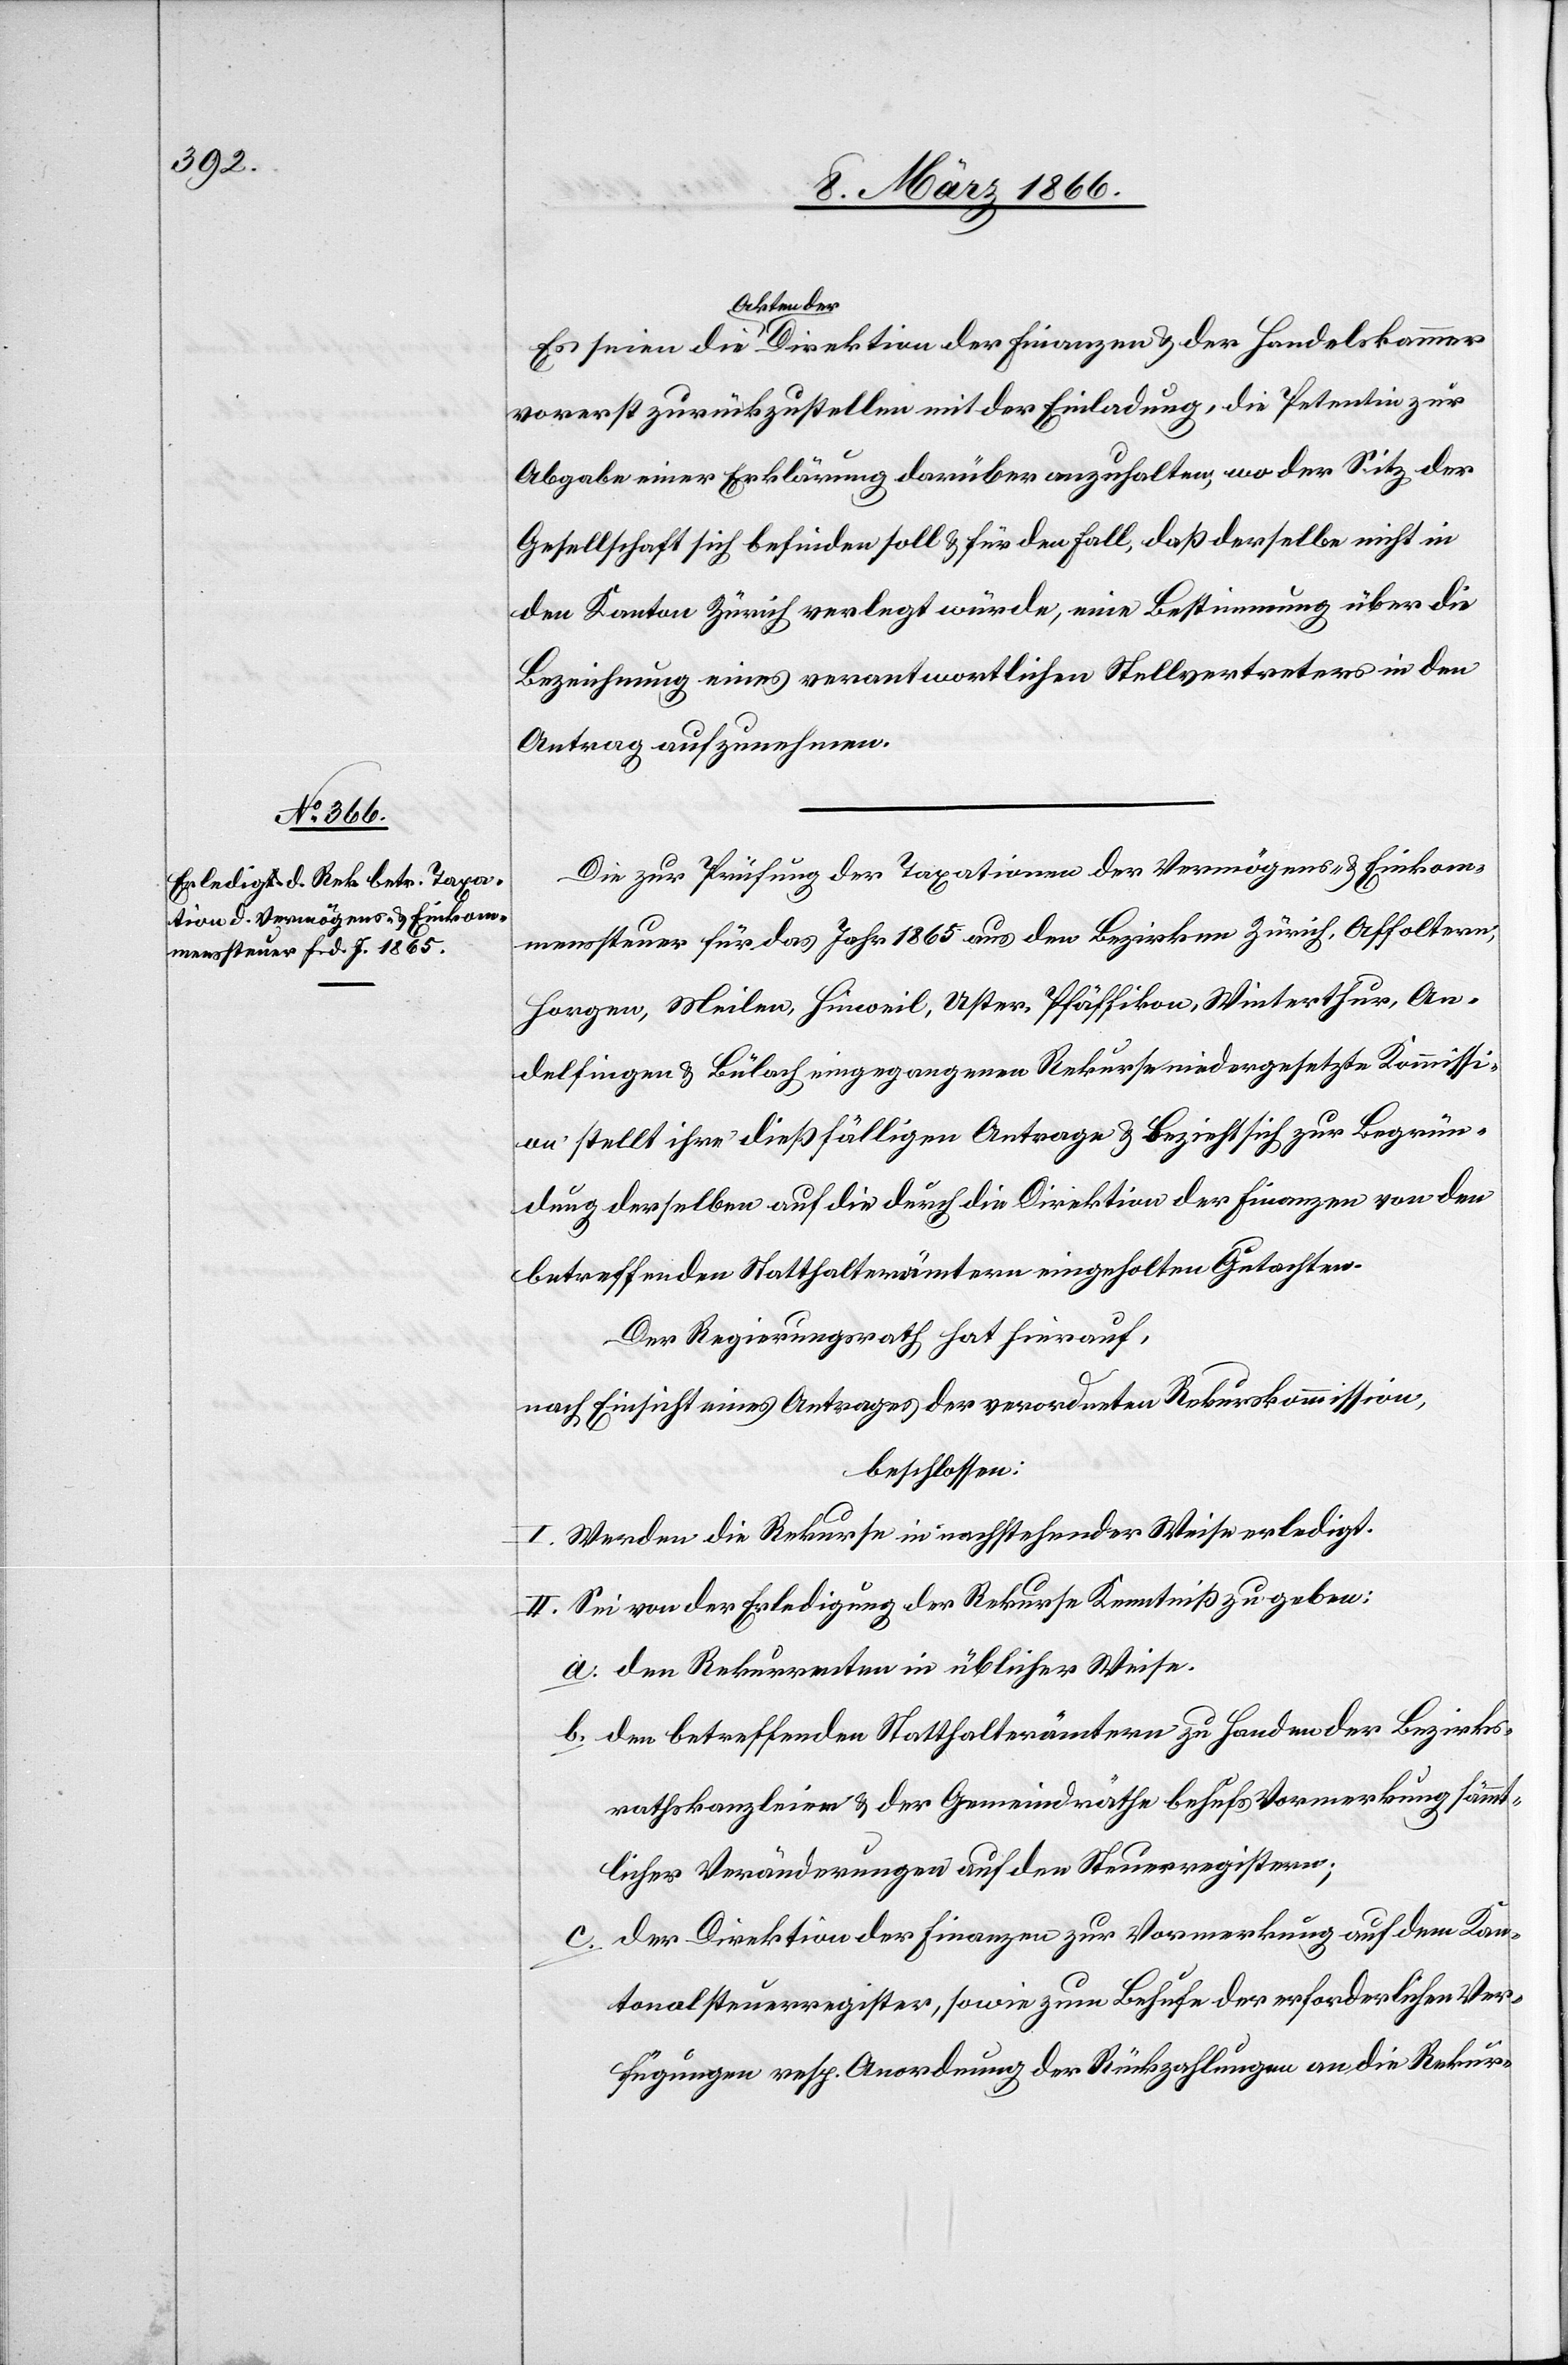
Direktion der
vorerst zurückzustellen mit der Einladung, die Petentin zur
Abgabe einer Erklärung darüber anzuhalten, wo der Sitz der
Gesellschaft sich befinden soll u. für den Fall, daß derselbe nicht in
den Kanton Zürich verlegt würde, eine Bestimmung über die
Bezeichnung eines verantwortlichen Stellvertreters in den
Antrag aufzunehmen.
Die zur Prüfung der Taxationen der Vermögens- u. Einkom¬
menssteuer für das Jahr 1865 aus den Bezirken Zürich, Affoltern,
Horgen, Meilen, Hinweil, Uster, Pfäffikon, Winterthur, An¬
delfingen u. Bülach eingegangenen Rekurse niedergesetzte Kommissi¬
on stellte ihre dießfälligen Anträge u. bezieht sich zur Begrün¬
dung derselben auf die durch die Direktion der Finanzen von den
betreffenden Statthalterämtern eingeholten Gutachten.
Der Regierungsrath hat hierauf,
nach Einsicht eines Antrages der verordneten Rekurskommission,
beschlossen:
I. Werden die Rekurse in nachstehender Weise erledigt.
II. Sei von der Erledigung der Rekurse Kenntniß zu geben:
a. den Rekurrenten in üblicher Weise.
b. den betreffenden Statthalterämtern zu Handen der Bezirks¬
rathskanzleien u. der Gemeindräthe behufs Vormerkung sämmt¬
licher Veränderungen auf den Steuerregistern;
c. der Direktion der Finanzen zur Vormerkung auf dem Kan¬
tonalsteuerregister, sowie zum Behufe der erforderlichen Ver¬
fügungen resp. Anordnung der Rückzahlungen an die Rekur-